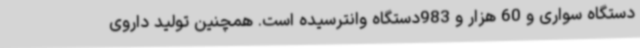
دستگاه سواری و 60 هزار و 983دستگاه وانترسیده است. همچنین تولید داروی